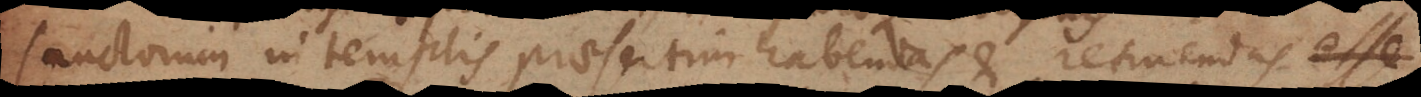
sanctorum in templis praesertim habendas et retinendas